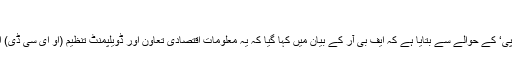
17 جولائی 2018 - 13:51
خبر رساں ادارے تسنیم نے سرکاری خبر رساں ایجنسی ’اے پی پی‘ کے حوالے سے بتایا ہے کہ ایف بی آر کے بیان میں کہا گیا کہ یہ معلومات اقتصادی تعاون اور ڈویلپمنٹ تنظیم (او ای سی ڈی) اور برطانیہ کی ٹیکس انتظامیہ کی معاونت سے حاصل کی گئی۔